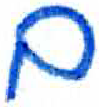
אות: ם